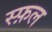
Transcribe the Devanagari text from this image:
स्फ़ल